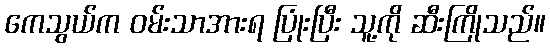
ကေသွယ်က ဝမ်းသာအားရ ပြုံးပြီး သူ့ကို ဆီးကြိုသည်။